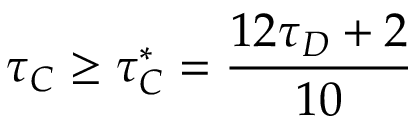
\tau _ { C } \geq \tau _ { C } ^ { * } = \frac { 1 2 \tau _ { D } + 2 } { 1 0 }